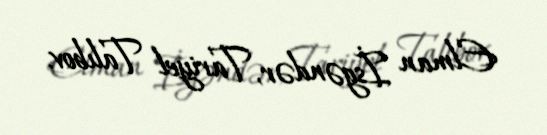
Elman İsgəndər, Tariyel Talıbov.